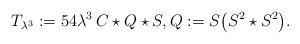
LaTeX: \begin{align*}T_{\lambda^3} := 54\lambda^3\, C\star Q\star S ,Q := S \big(S^2\star S^2\big).\end{align*}